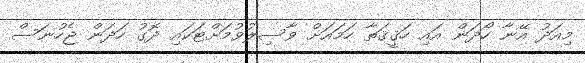
މިއަދު އޭނާ ހޯދަން އައި ހަޤީޤަތާ ހަމައަށް ވާސިލުވުމަށްޓަކައި ދޮގު ހަދަން ޖެހުނަސް